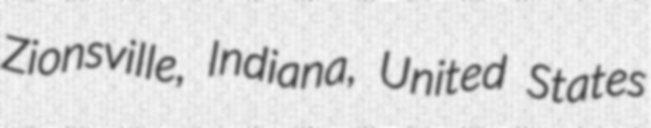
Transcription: Zionsville, Indiana, United States